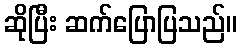
ဆိုပြီး ဆက်ပြောပြသည်။